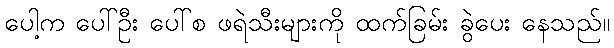
ပေါ့က ပေါ်ဦး ပေါ်စ ဖရဲသီးများကို ထက်ခြမ်း ခွဲပေး နေသည်။